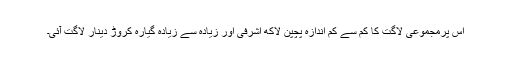
اس پرمجموعی لاگت کا کم سے کم اندازہ پچپن لاکھ اشرفی اور زیادہ سے زیادہ گیارہ کروڑ دینار لاگت آئی۔